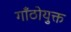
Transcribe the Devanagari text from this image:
गाँठोयुक्त